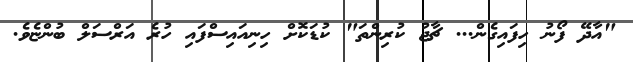
"އާދޭ ފޯނު ހިފައިގެން... ޗާޖު ކުރިންތަ" ކުޑަކޮށް ހިނިއައިސްފައި ހުރެ އަރްސަލް ބުންޏެވެ.